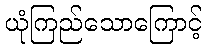
ယုံကြည်သောကြောင့်